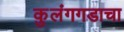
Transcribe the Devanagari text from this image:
कुलंगगडाचा